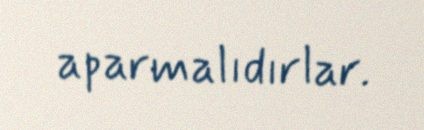
aparmalıdırlar.